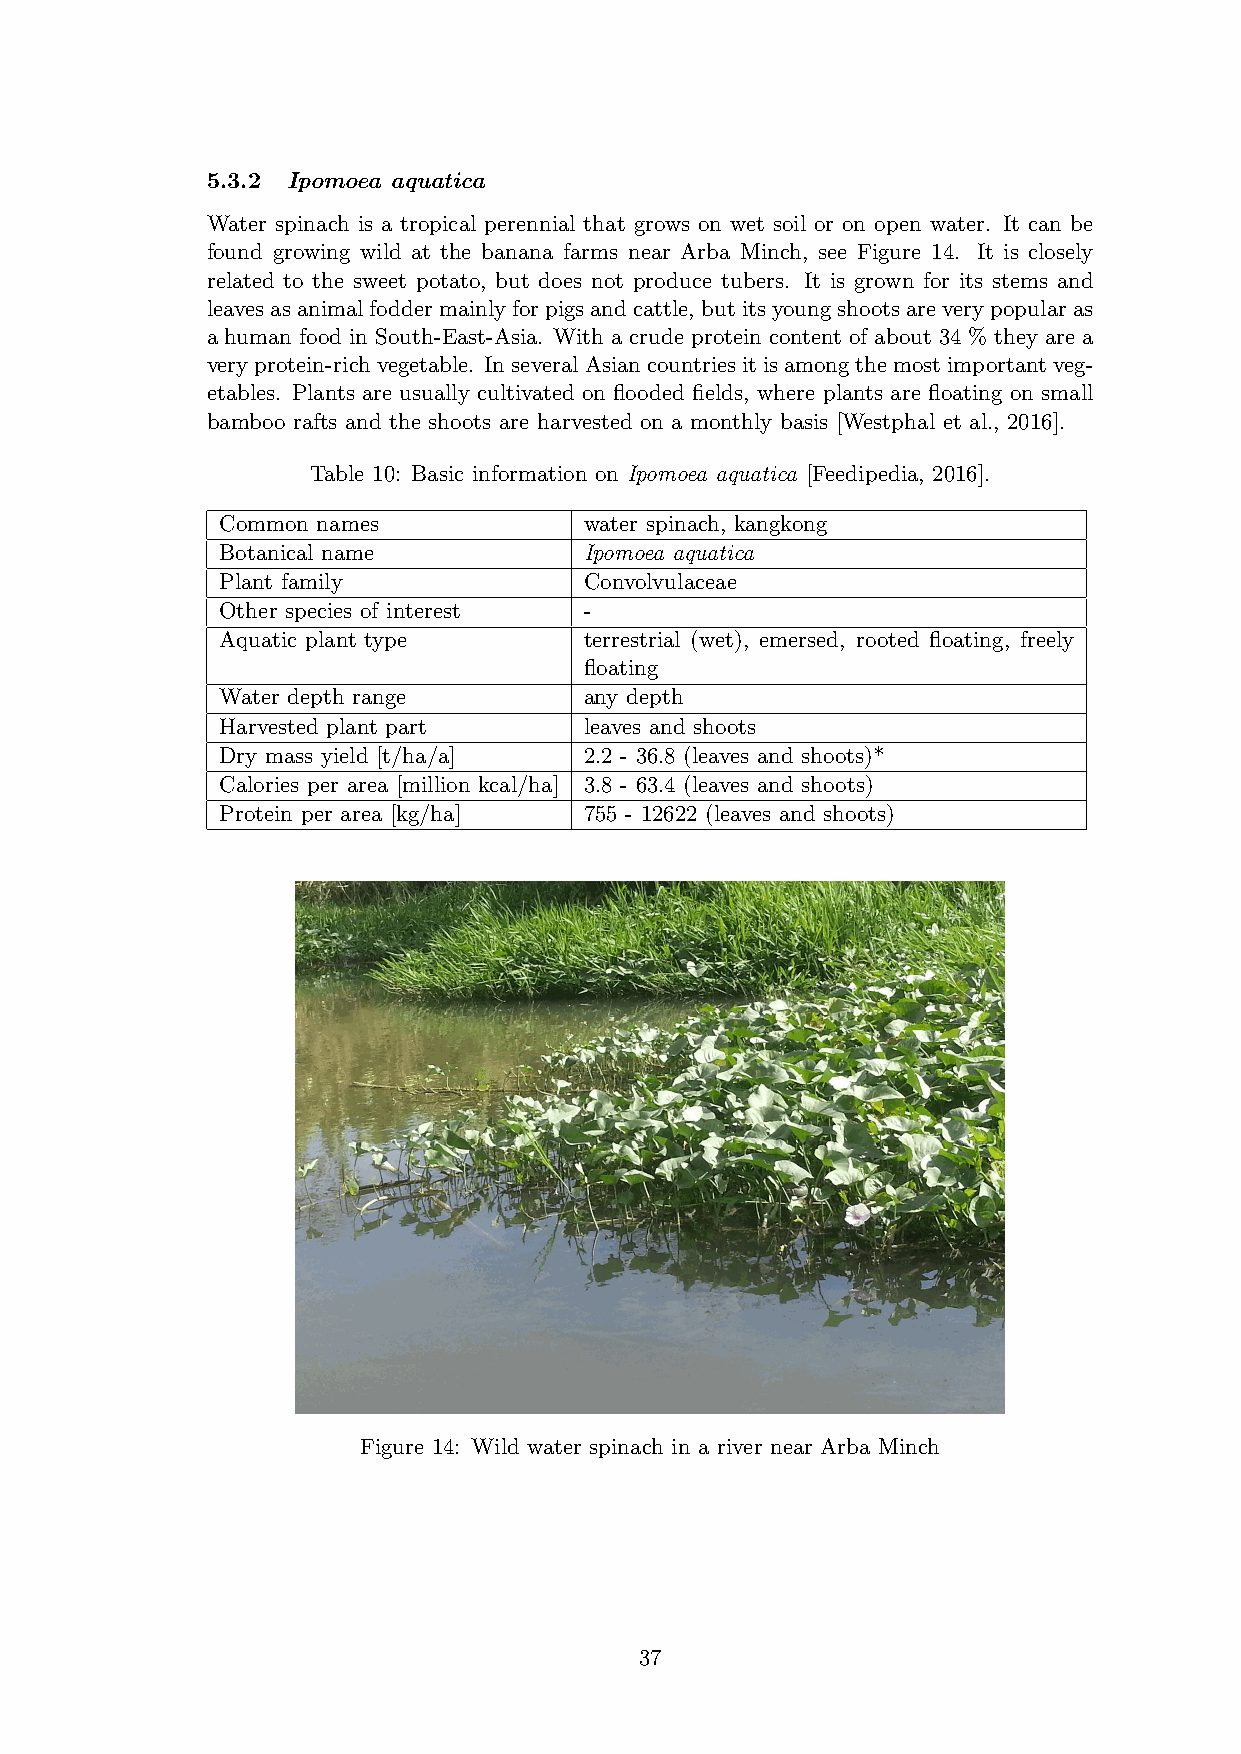
5.3.2 Ipomoea aquatica
 Water spinach is a tropical perennial that grows on wet soil or on open water. It can be
 found growing wild at the banana farms near Arba Minch, see Figure 14. It is closely
 related to the sweet potato, but does not produce tubers. It is grown for its stems and
 leavesasanimalfoddermainlyforpigsandcattle, butitsyoungshootsareverypopularas
 a human food in South-East-Asia. With a crude protein content of about 34 % they are a
 veryprotein-richvegetable. InseveralAsiancountriesitisamongthemostimportantveg-
 etables. Plants are usually cultivated on flooded fields, where plants are floating on small
 bamboo rafts and the shoots are harvested on a monthly basis [Westphal et al., 2016].
 Table 10: Basic information on Ipomoea aquatica [Feedipedia, 2016].
 Common names            water spinach, kangkong
 Botanical name          Ipomoea aquatica
 Plant family            Convolvulaceae
 Other species of interest -
 Aquatic plant type      terrestrial (wet), emersed, rooted floating, freely
 floating
 Water depth range       any depth
 Harvested plant part    leaves and shoots
 Dry mass yield [t/ha/a] 2.2 - 36.8 (leaves and shoots)*
 Calories per area [million kcal/ha] 3.8 - 63.4 (leaves and shoots)
 Protein per area [kg/ha] 755 - 12622 (leaves and shoots)
 Figure 14: Wild water spinach in a river near Arba Minch
 37